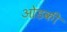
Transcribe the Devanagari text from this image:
ओडकी